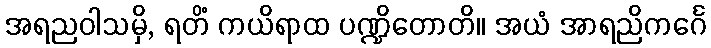
အရညဝါသမှိ, ရတိံ ကယိရာထ ပဏ္ဍိတောတိ။ အယံ အာရညိကင်္ဂေ